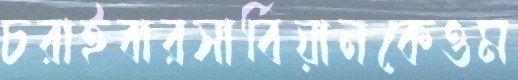
চরাইবারসার্বিয়ানকেওম